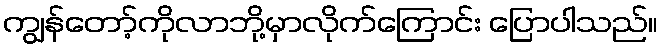
ကျွန်တော့်ကိုလာဘို့မှာလိုက်ကြောင်း ပြောပါသည်။